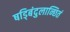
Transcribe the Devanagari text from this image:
षड्बिंदुलान्छितं